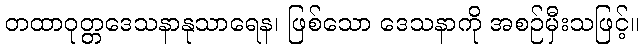
တထာဝုတ္တဒေသနာနုသာရေန၊ ဖြစ်သော ဒေသနာကို အစဉ်မှီးသဖြင့်။